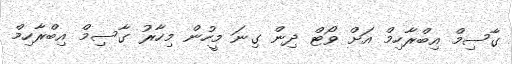
ގާސިމް އިބްރާހިމް އަށް ވޯޓް ދިން ގިނަ މީހުން މިހާރު ގާސިމް އިބްރާހިމް